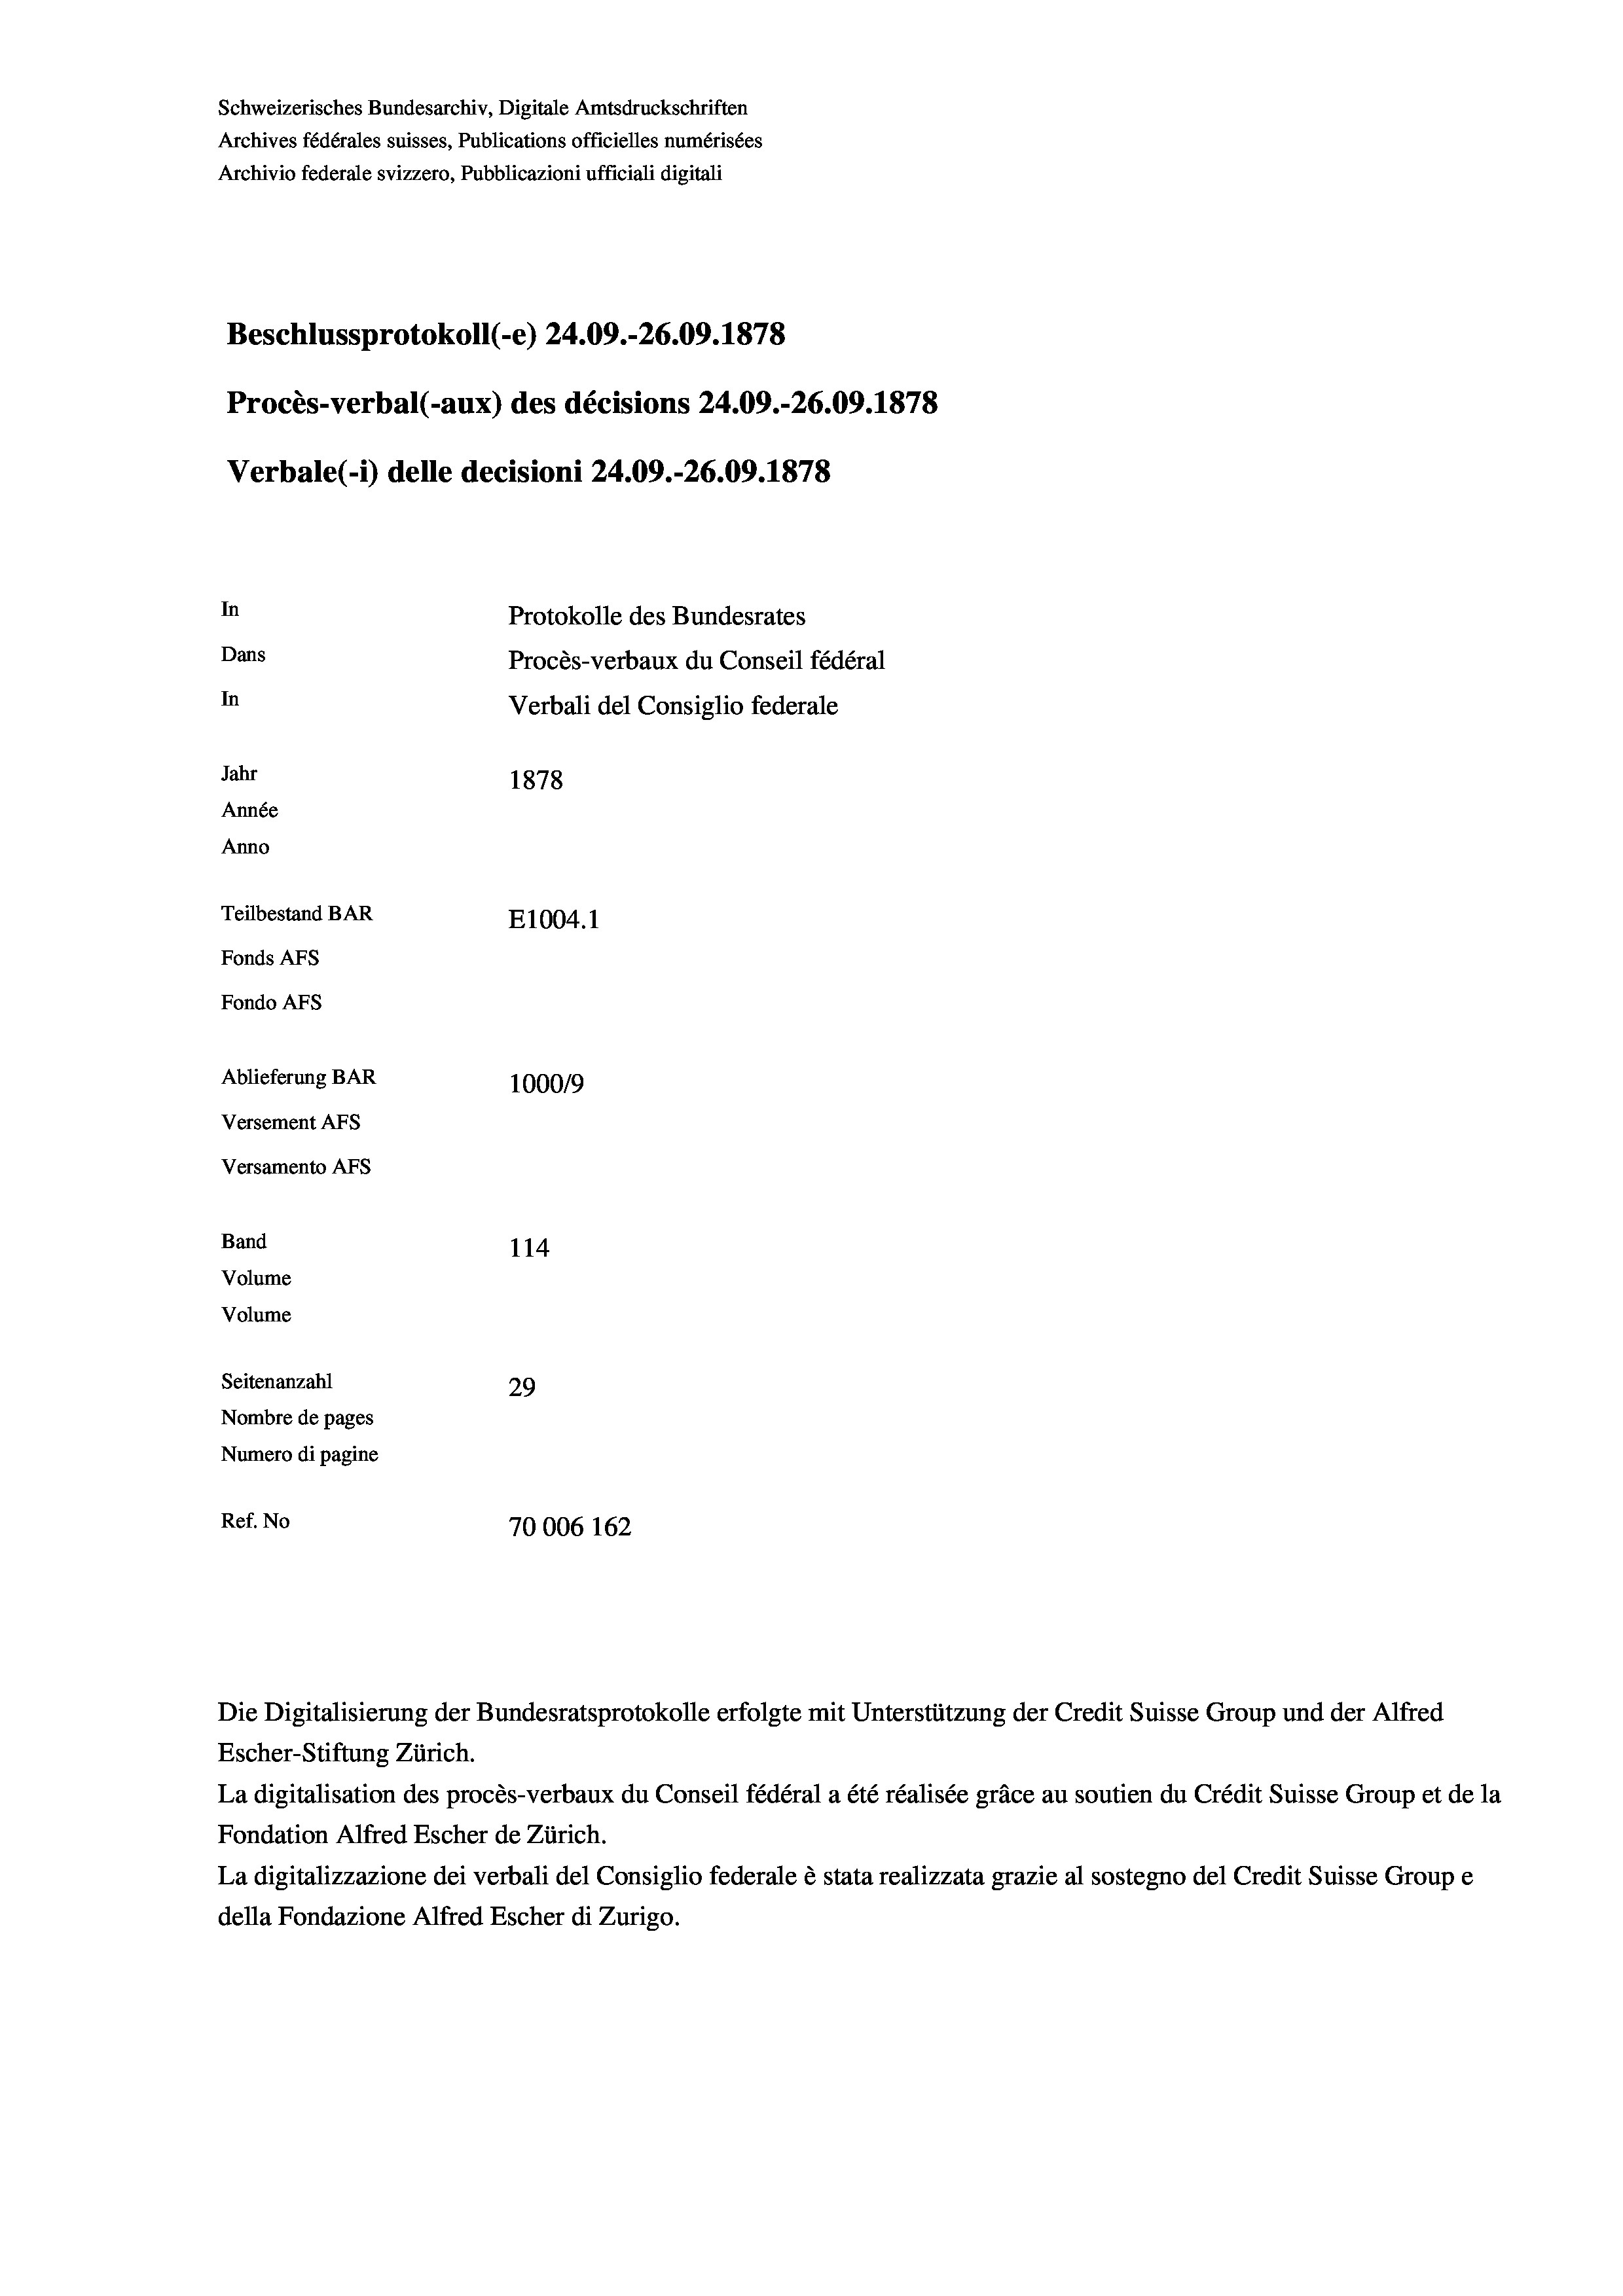
Schweizerisches Bundesarchiv, Digitale Amtsdruckschriften
Archives fédérales suisses, Publications officielles numérisées
Archivio federale svizzero, Pubblicazioni ufficiali digitali
Beschlussprotokoll (-e) 24.09.-26.09. 1878
Procès-verbal (-aux) des décisions 24.09.-26.09. 1878
Verbale(-*) delle decisioni 24.09.-26.09. 1878
In
Protokolle des Bundesrates
Dans
Procès-verbaux du Conseil fédéral
In
Verbali del Consiglio federale
Jahr
1878
Année
Anno
Teilbestand BAR
E1004. 1
Fonds AFs
Fondo AFS
Ablieferung BAR
1000/9
Versement AFs

Versamento Afs
Band
Volume
Volume

114
Seitenanzahl
29
Nombre de pages
Numero di pagine
Ref. No
70006 162

Escher-Stiftung Zürich.
La digitalisation des procès-verbaux du Conseil fédéral a été réalisée gräce au soutien du Crédit Suisse Group et de la
Fondation Alfred Escher de Zürich.
La digitalizzazione dei verbali del Consiglio federale è stata realizzata grazie al sostegno del Credit Suisse Groupe
della Fondazione Alfred Escher di Zurigo.

Die Digitalisierung der Bundesratsprotokolle erfolgte mit Unterstützung der Credit Suisse Group und der Alfred